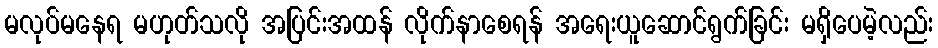
မလုပ်မနေရ မဟုတ်သလို အပြင်းအထန် လိုက်နာစေရန် အရေးယူဆောင်ရွက်ခြင်း မရှိပေမဲ့လည်း